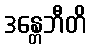
ဒန္တေဘီတိ